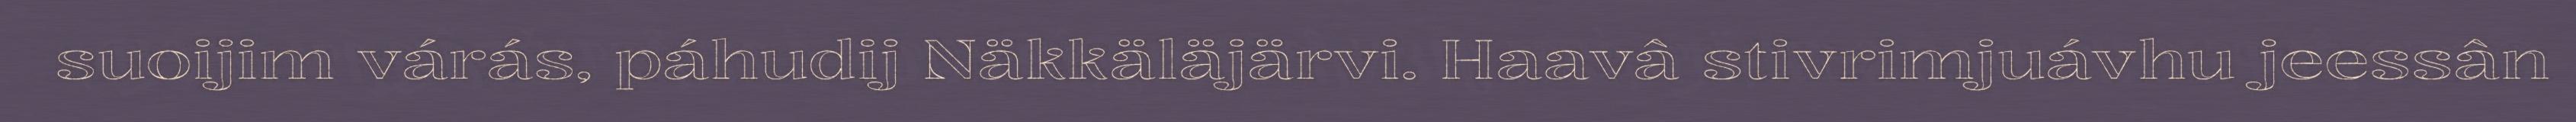
suoijim várás, páhudij Näkkäläjärvi. Haavâ stivrimjuávhu jeessân